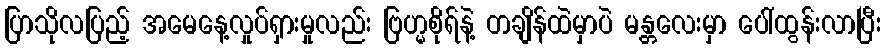
ပြာသိုလပြည့် အမေနေ့လှုပ်ရှားမှုလည်း ဗြဟ္မစိုရ်နဲ့ တချိန်ထဲမှာပဲ မန္တလေးမှာ ပေါ်ထွန်းလာပြီး